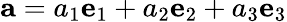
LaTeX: {\mathbf{a}}=a_{1}{\mathbf{e}}_{1}+a_{2}{\mathbf{e}}_{2}+a_{3}{\mathbf{e}}_{3}